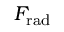
F _ { \mathrm { r a d } }